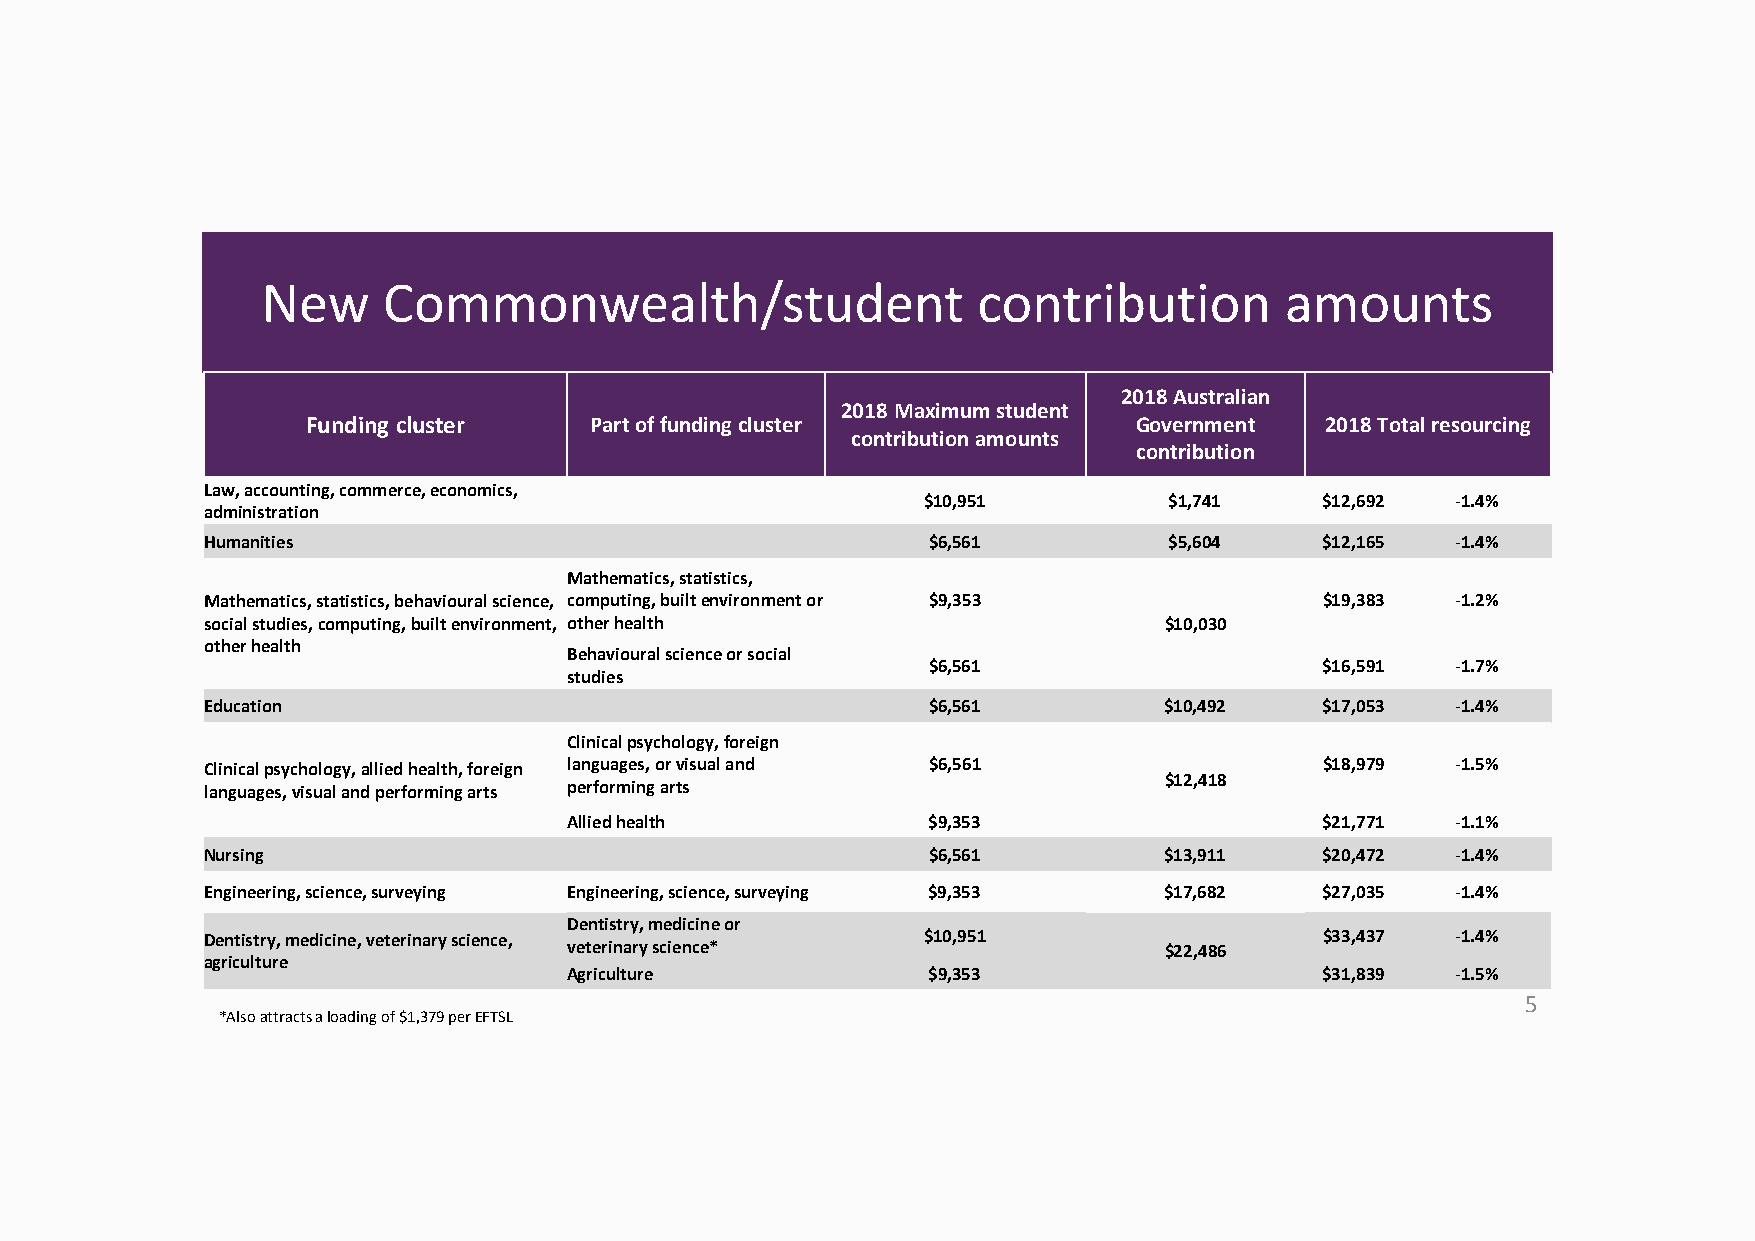
New     Commonwealth/student                    contribution        amounts
 2018 Australian
 2018 Maximum student
 Funding cluster    Part of funding cluster             Government   2018 Total resourcing
 contribution amounts
 contribution
 Law, accounting, commerce, economics,
 $10,951         $1,741     $12,692 ‐1.4%
 administration
 Humanities                                      $6,561          $5,604     $12,165 ‐1.4%
 Mathematics, statistics,
 Mathematics, statistics, behavioural science, computing, built environment or $9,353 $19,383 ‐1.2%
 social studies, computing, built environment, other health      $10,030
 other health
 Behavioural science or social
 $6,561                     $16,591 ‐1.7%
 studies
 Education                                       $6,561          $10,492    $17,053 ‐1.4%
 Clinical psychology, foreign
 Clinical psychology, allied health, foreign languages, or visual and $6,561 $18,979 ‐1.5%
 $12,418
 languages, visual and performing arts performing arts
 Allied health          $9,353                     $21,771 ‐1.1%
 Nursing                                         $6,561          $13,911    $20,472 ‐1.4%
 Engineering, science, surveying Engineering, science, surveying $9,353 $17,682 $27,035 ‐1.4%
 Dentistry, medicine or
 Dentistry, medicine, veterinary science,        $10,951                    $33,437 ‐1.4%
 veterinary science*                    $22,486
 agriculture
 Agriculture            $9,353                     $31,839 ‐1.5%
 5
 *Also attracts a loading of $1,379 per EFTSL